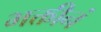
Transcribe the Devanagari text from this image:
भक्तीनं